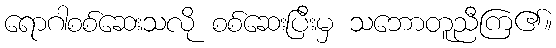
ရောဂါစစ်ဆေးသလို စစ်ဆေးပြီးမှ သဘောတူညီကြ၏။